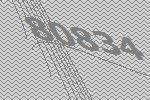
80834